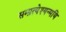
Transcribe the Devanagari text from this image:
सम्प्रत्येश्यन्मयि